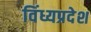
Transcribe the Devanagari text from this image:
विंध्यप्रदेश